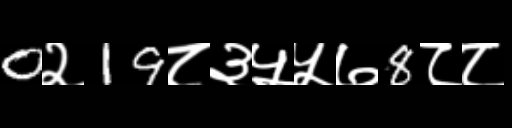
Text: 0२19८३५५७8८८